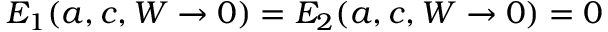
E _ { 1 } ( a , c , W \rightarrow 0 ) = E _ { 2 } ( a , c , W \rightarrow 0 ) = 0